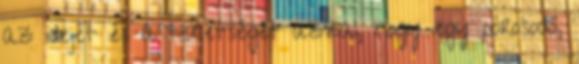
az idejét és a tehetségét azzal, hogy egy porosodó,